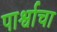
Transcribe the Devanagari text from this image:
पार्श्वाचा